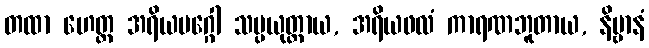
တထာ ဟေတ္ထ အရိယမဂ္ဂေါ သမ္ပယုတ္တာယ, အရိယဖလံ ကာရဏဘူတာယ, နိဗ္ဗာနံ